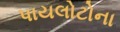
પાયલોટોના